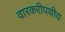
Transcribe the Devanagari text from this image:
वारकरीपंथीय